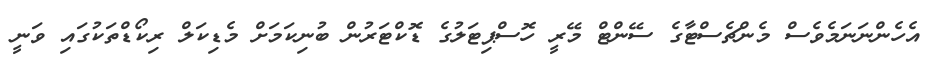
އެހެންނަނަމެވެސް މެންޗެސްޓާގެ ސޭންޓް މޭރީ ހޮސްޕިޓަލުގެ ޑޮކްޓަރުން ބުނިކަަމަށް މެޑިކަލް ރިކޯޑްތަކުގައި ވަނީ